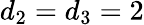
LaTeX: d_{2}=d_{3}=2